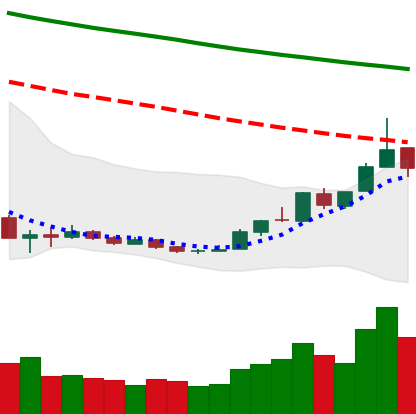
Ticker: ETH-USD
Chart end date: 2018-12-25
Forward return: 7.713%
Label: up_7plus